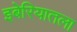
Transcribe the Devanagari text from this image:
इबेरियातला